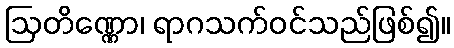
ဩတိဏ္ဏော၊ ရာဂသက်ဝင်သည်ဖြစ်၍။